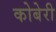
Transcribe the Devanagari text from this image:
कोबेरी